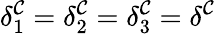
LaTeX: \delta_{1}^{\mathcal{C}}=\delta_{2}^{\mathcal{C}}=\delta_{3}^{\mathcal{C}}=\delta^{\mathcal{C}}